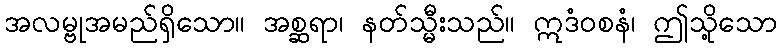
အလမ္ဗုအမည်ရှိသော။ အစ္ဆရာ၊ နတ်သ္မီးသည်။ ဣဒံဝစနံ၊ ဤသို့သော